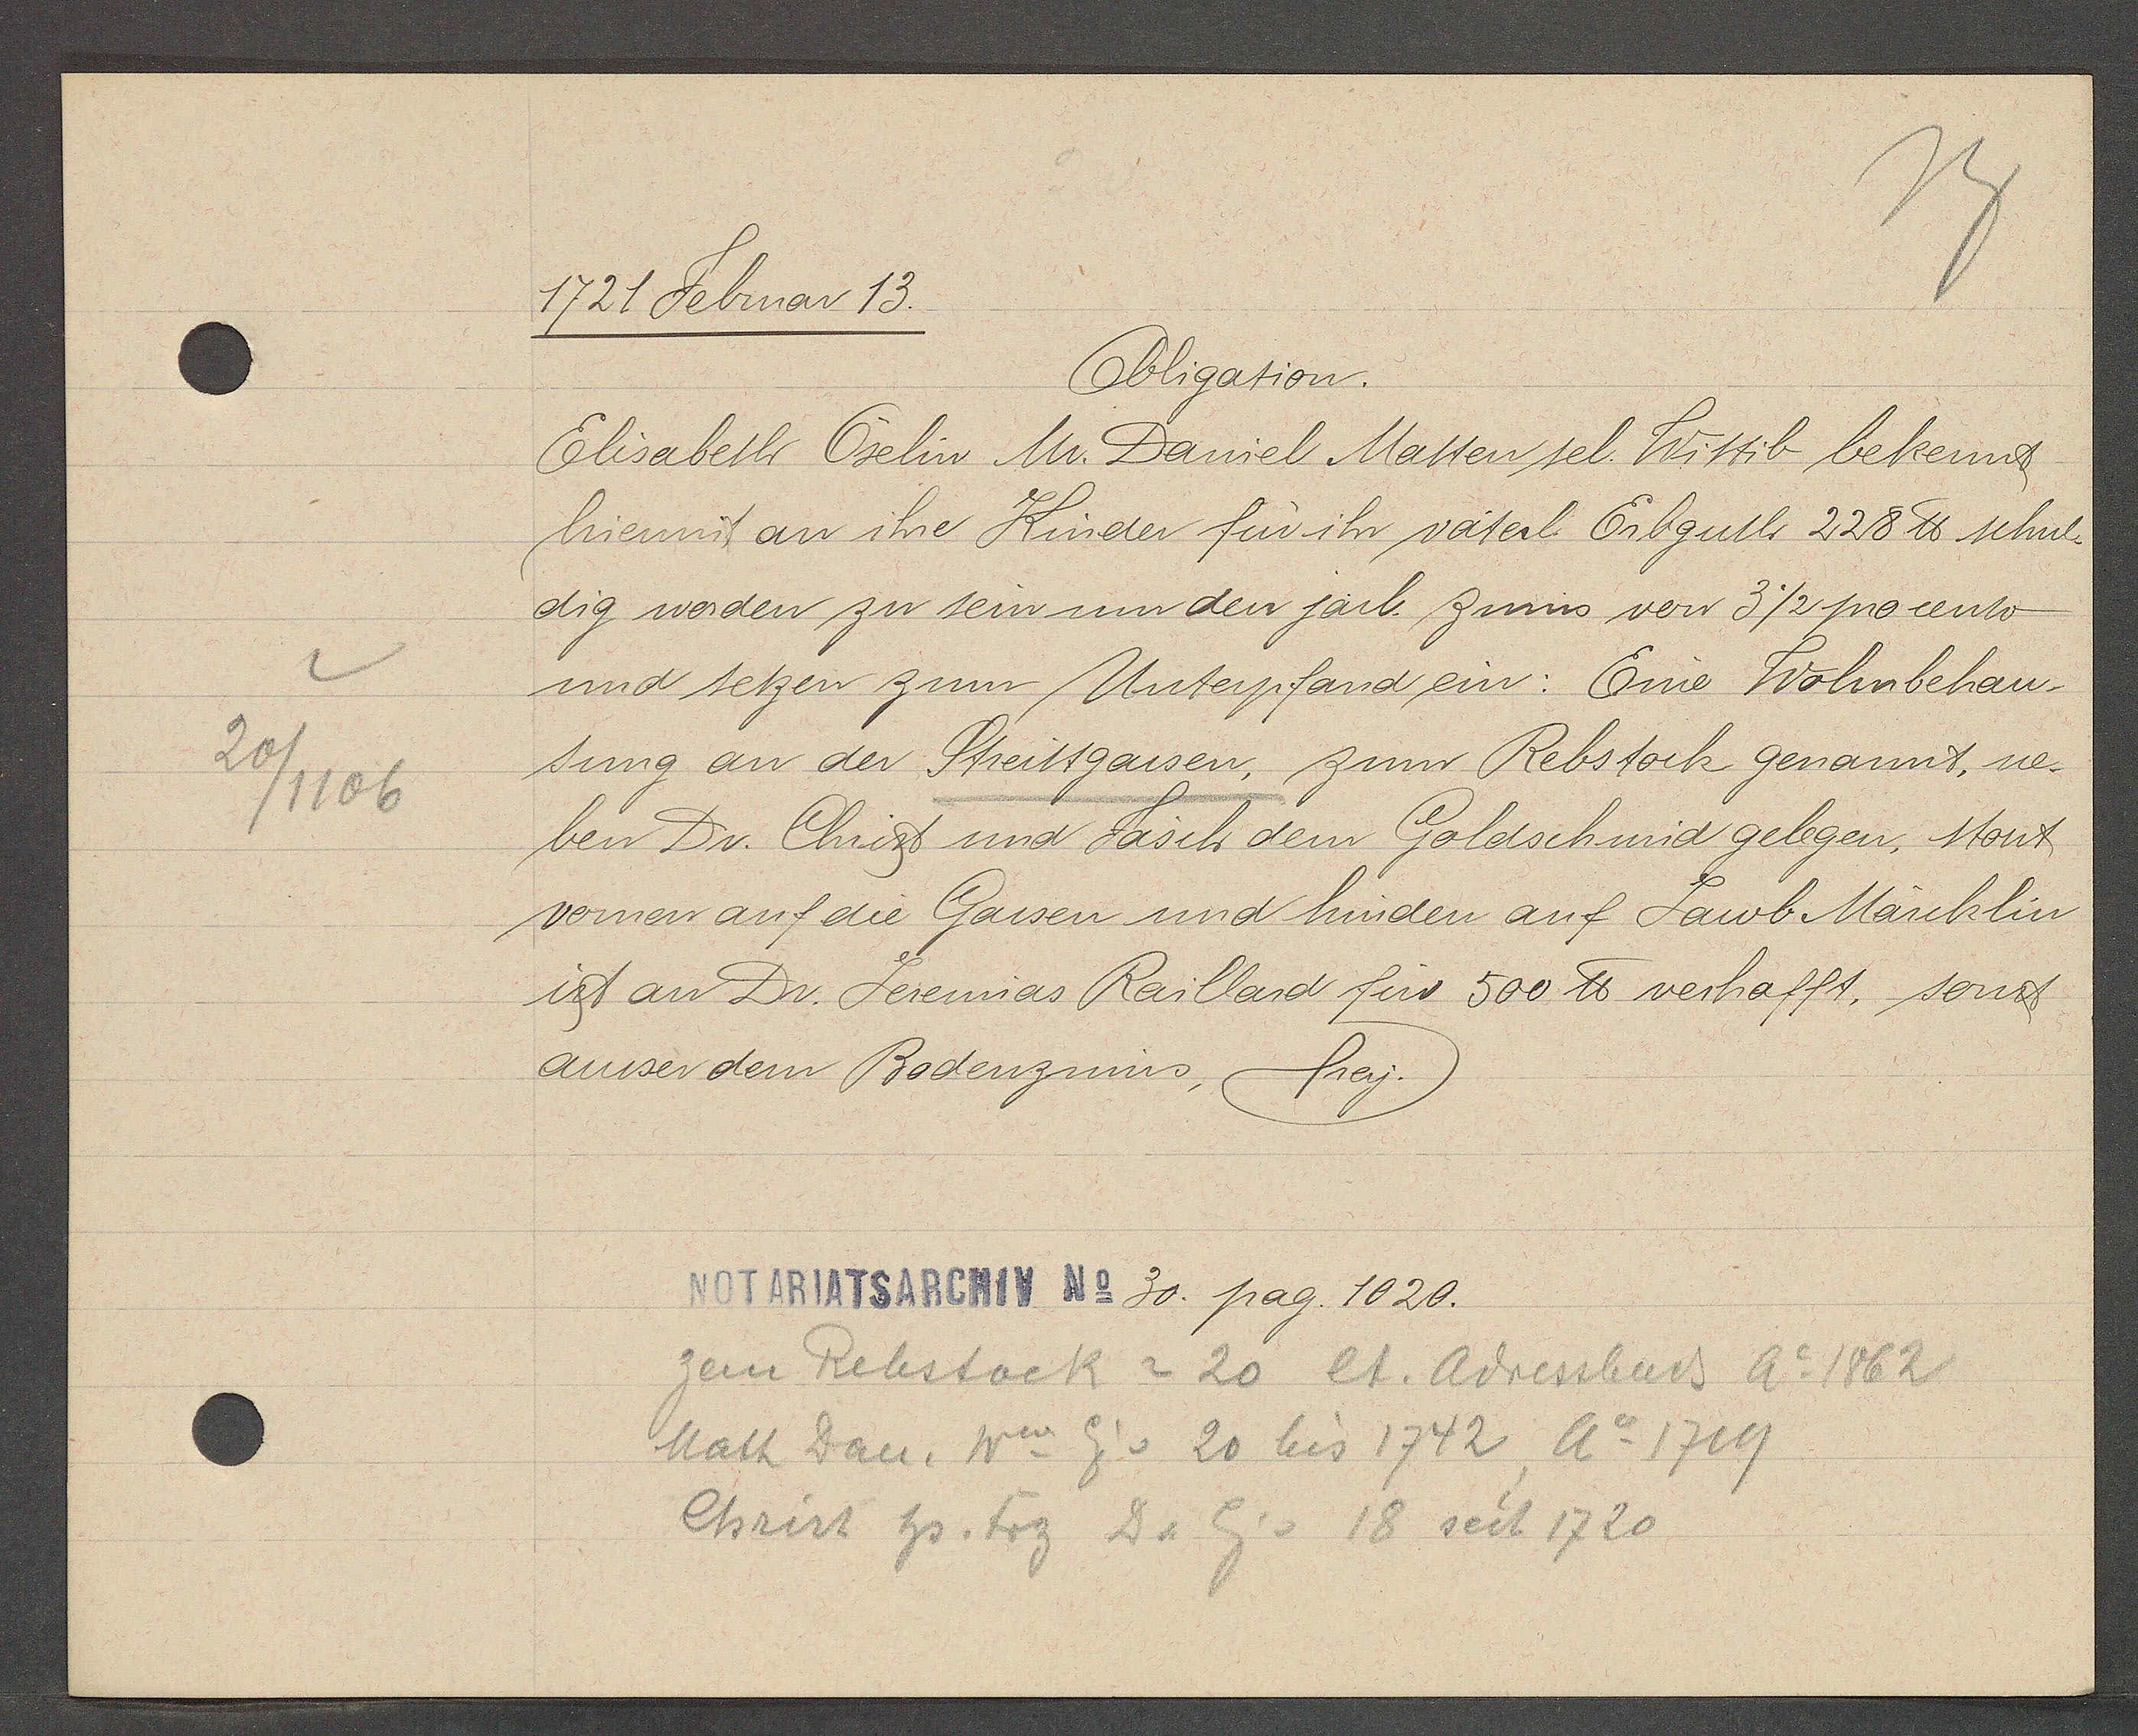
Transcript:
1721 Februar 13.

Obligation.
Elisabeth Oselin Mr. Daniel Matten sel. Wittib bekennt
hiermit an ihre Kinder für ihr väterl. Erbguth 228 ℔ schul¬
dig worden zu sein um den järl. zinns von 3½ procento
und setzen zum Unterpfand ein: Eine Wohnbehau¬
ausser dem Bodenzinns, frey.
ist an Dr. Jeremias Raillard für 500 ℔ verhafft, sonst
vornen auf die Gassen und hinden auf Jaob Märcklin
ben Dr. Christ und Fasch dem Goldschmid gelegen, stont
sung an der Streittgassen, zum Rebstock genannt, ne¬

20
/1106

Notariatsarchiv No 30. pag. 1020.

zem Rebstock = 20 et. Adressbuch ao 1862
Matt Dau. Ww Eig v 20 bis 1742 Ao 1719
Christ hs. Frz D. Eig v 18 seit 1720